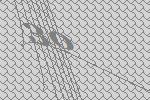
30